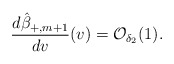
\begin{align*} \frac{d\hat{\beta}_{+,m+1}}{dv}(v)=\mathcal{O}_{\delta_2}(1).\end{align*}